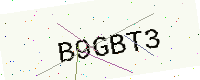
Text: B9GBT3